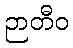
ဉာတီဝ